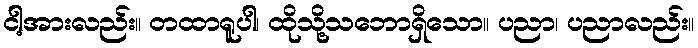
ငါ့အားလည်း။ တထာရူပါ၊ ထိုသို့သဘောရှိသော။ ပညာ၊ ပညာလည်း။